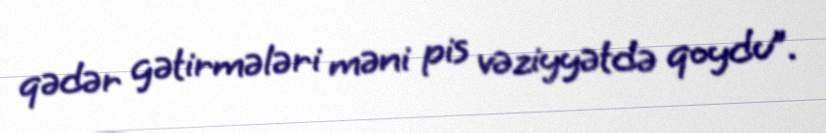
qədər gətirmələri məni pis vəziyyətdə qoydu”.